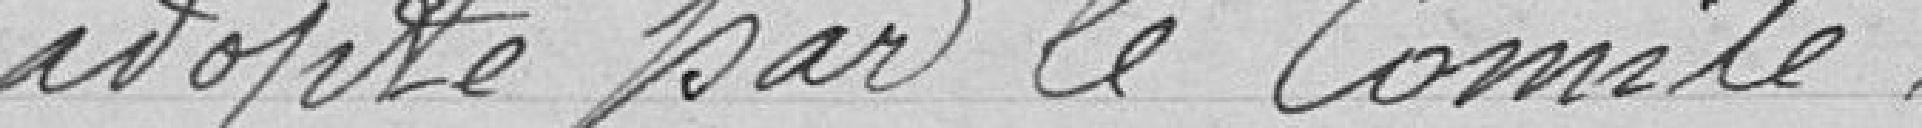
adopté par le Comité.